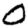
Digit: 0